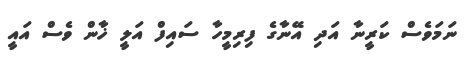
ނަމަވެސް ކަރީނާ އަދި އޭނާގެ ފިރިމީހާ ސައިފް އަލީ ޚާން ވެސް އައީ